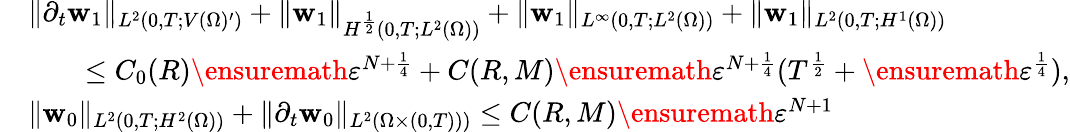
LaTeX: \begin{array}{rl}&{\| \partial_{t}\mathbf{w}_{1}\| _{L^{2}(0,T;V(\Omega)^{\prime})}+\| \mathbf{w}_{1}\| _{H^{\frac{1}{2}}(0,T;L^{2}(\Omega))}+\| \mathbf{w}_{1}\| _{L^{\infty}(0,T;L^{2}(\Omega))}+\| \mathbf{w}_{1}\| _{L^{2}(0,T;H^{1}(\Omega))}}\\ &{\qquad\leq C_{0}(R)\ensuremath{\varepsilon}^{N+\frac 14}+C(R,M)\ensuremath{\varepsilon}^{N+\frac{1}{4}}(T^{\frac 12}+\ensuremath{\varepsilon}^{\frac 14}),}\\ &{\| \mathbf{w}_{0}\| _{L^{2}(0,T;H^{2}(\Omega))}+\| \partial_{t}\mathbf{w}_{0}\| _{L^{2}(\Omega\times(0,T)))}\leq C(R,M)\ensuremath{\varepsilon}^{N+1}}\end{array}